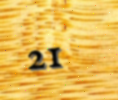
21